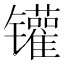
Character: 𲈡